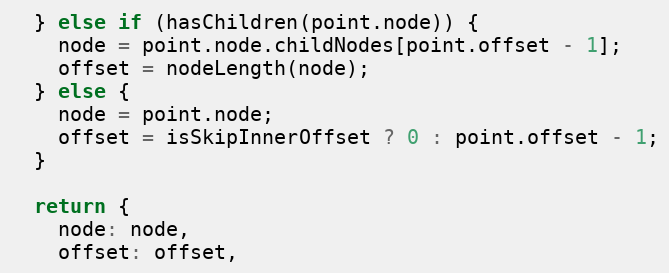
Language: JavaScript
  } else if (hasChildren(point.node)) {
    node = point.node.childNodes[point.offset - 1];
    offset = nodeLength(node);
  } else {
    node = point.node;
    offset = isSkipInnerOffset ? 0 : point.offset - 1;
  }

  return {
    node: node,
    offset: offset,